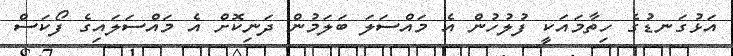
އަޅުގަނޑުގެ ހިތާމައަކީ ފުލުހުން އެ މައްސަލަ ބަލަމުން ދަނިކޮށް އެ މައްސަލައިގެ ފޯކަސް